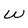
Character: w